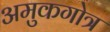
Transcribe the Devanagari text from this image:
अमुकगोत्र